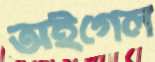
অইগেল